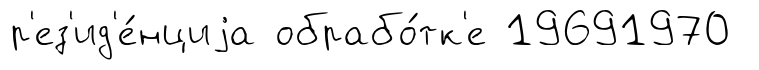
р'ез'ид'е́нциjа обрабо́тк'е 19691970